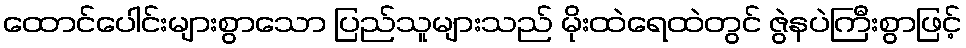
ထောင်ပေါင်းများစွာသော ပြည်သူများသည် မိုးထဲရေထဲတွင် ဇွဲနပဲကြီးစွာဖြင့်